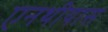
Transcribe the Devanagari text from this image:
एनथीयास